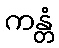
ကန္တံ